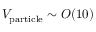
V _ { \mathrm { p a r t i c l e } } \sim O ( 1 0 )